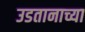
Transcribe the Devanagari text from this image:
उडतानाच्या